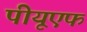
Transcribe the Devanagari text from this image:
पीयूएफ